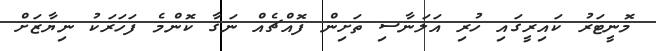
މޮނީޓަރު ކައިރީގައި ހުރި އަލަނާސި ތަށިން ފޮއްޗެއް ނަގާ ކޮންމެ ފަހަރަކު ނިޔާޒަށް